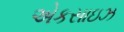
એકસાઇઝ